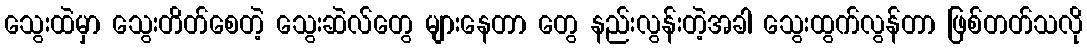
သွေးထဲမှာ သွေးတိတ်စေတဲ့ သွေးဆဲလ်တွေ များနေတာ တွေ နည်းလွန်းတဲ့အခါ သွေးထွက်လွန်တာ ဖြစ်တတ်သလို